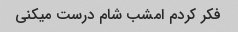
فکر کردم امشب شام درست میکنی